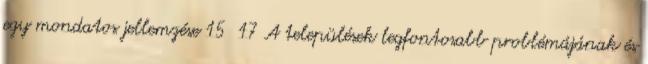
egy mondatos jellemzése 15 17 A települések legfontosabb problémájának és